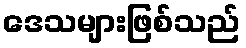
ဒေသများဖြစ်သည်